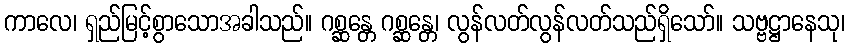
ကာလေ၊ ရှည်မြင့်စွာသောအခါသည်။ ဂစ္ဆန္တေ ဂစ္ဆန္တေ၊ လွန်လတ်လွန်လတ်သည်ရှိသော်။ သဗ္ဗဋ္ဌာနေသု၊